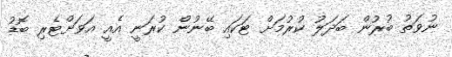
ނުވަތު ބުރުން ބަދަލު ކުރުމަށް ޓަކައި ބޭނުން ކުރަނީ އެއީ އަވަށްޓެރި ބޮޑު